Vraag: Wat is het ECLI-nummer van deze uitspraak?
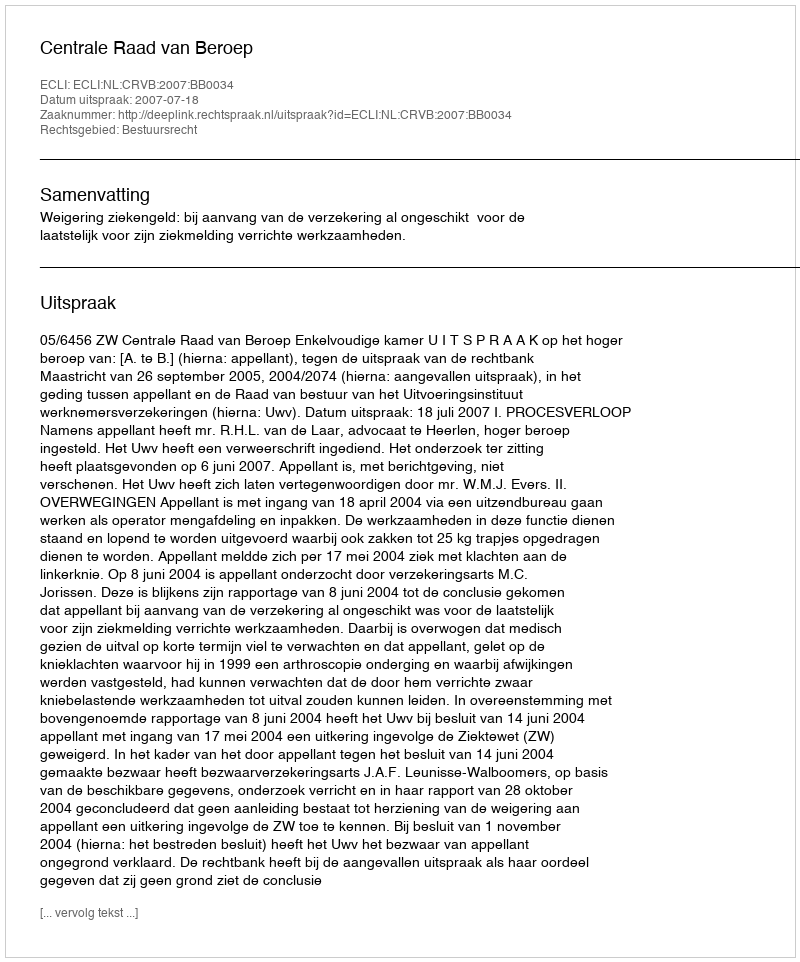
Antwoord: ECLI:NL:CRVB:2007:BB0034